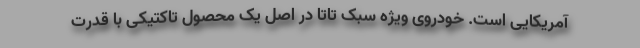
آمریکایی است. خودروی ویژه سبک تاتا در اصل یک محصول تاکتیکی با قدرت